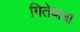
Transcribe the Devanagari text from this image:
गितेबाबा